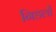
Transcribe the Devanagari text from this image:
निडलों